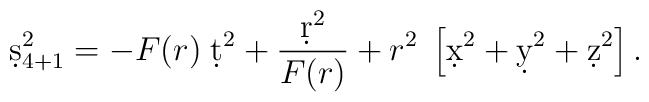
\d s^2_{4+1} = -  F(r)\; \d t^2 +{\d r^2\over F(r)} + r^2 \; \left[\d x^2 + \d y^2 + \d z^2 \right].